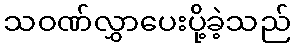
သဝဏ်လွှာပေးပို့ခဲ့သည်